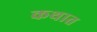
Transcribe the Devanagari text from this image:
कथात